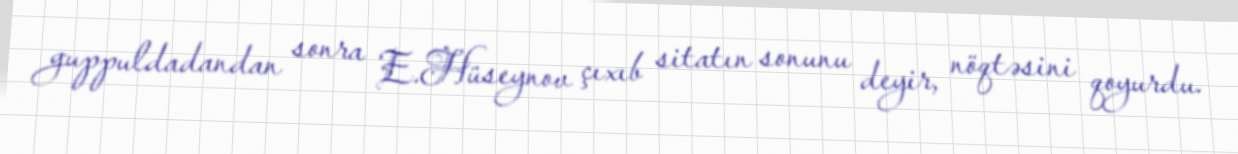
guppuldadandan sonra E.Hüseynov çıxıb sitatın sonunu deyir, nöqtəsini qoyurdu.